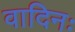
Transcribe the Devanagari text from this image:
वादिनः